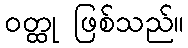
ဝတ္ထု ဖြစ်သည်။